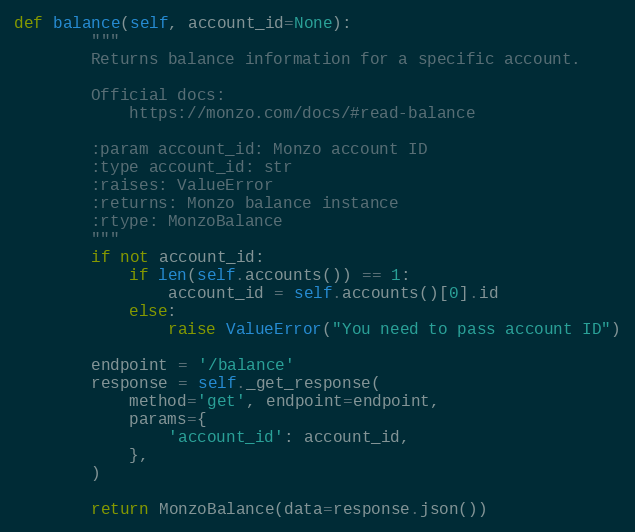
Language: Python
def balance(self, account_id=None):
        """
        Returns balance information for a specific account.

        Official docs:
            https://monzo.com/docs/#read-balance

        :param account_id: Monzo account ID
        :type account_id: str
        :raises: ValueError
        :returns: Monzo balance instance
        :rtype: MonzoBalance
        """
        if not account_id:
            if len(self.accounts()) == 1:
                account_id = self.accounts()[0].id
            else:
                raise ValueError("You need to pass account ID")

        endpoint = '/balance'
        response = self._get_response(
            method='get', endpoint=endpoint,
            params={
                'account_id': account_id,
            },
        )

        return MonzoBalance(data=response.json())